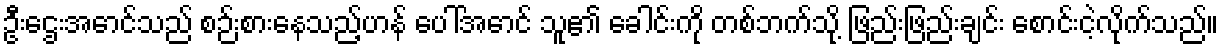
ဦးဌေးအောင်သည် စဉ်းစားနေသည့်ဟန် ပေါ်အောင် သူ၏ ခေါင်းကို တစ်ဘက်သို့ ဖြည်းဖြည်းချင်း စောင်းငဲ့လိုက်သည်။